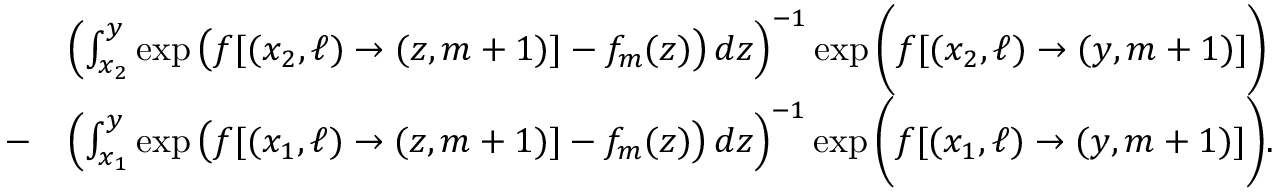
\begin{array} { r l } & { \left( \int _ { x _ { 2 } } ^ { y } \exp \big ( f [ ( x _ { 2 } , \ell ) \to ( z , m + 1 ) ] - f _ { m } ( z ) \big ) \, d z \right) ^ { - 1 } \exp \bigg ( f [ ( x _ { 2 } , \ell ) \to ( y , m + 1 ) ] \bigg ) } \\ { - } & { \left( \int _ { x _ { 1 } } ^ { y } \exp \big ( f [ ( x _ { 1 } , \ell ) \to ( z , m + 1 ) ] - f _ { m } ( z ) \big ) \, d z \right) ^ { - 1 } \exp \bigg ( f [ ( x _ { 1 } , \ell ) \to ( y , m + 1 ) ] \bigg ) . } \end{array}